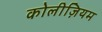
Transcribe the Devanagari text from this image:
कोलीज़ियम